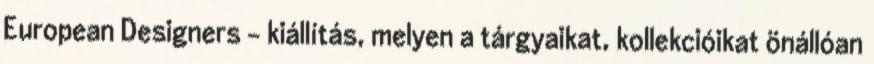
European Designers – kiállítás, melyen a tárgyaikat, kollekcióikat önállóan